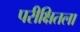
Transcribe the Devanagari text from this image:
परीक्षितला